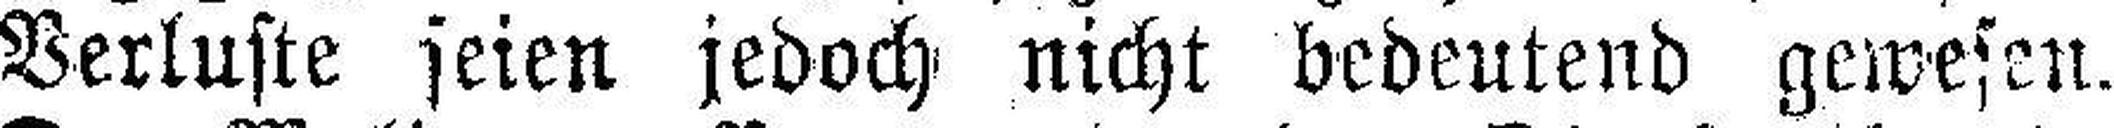
Verluste seien jedoch nicht bedeutend gewesen.